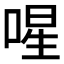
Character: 𭈻